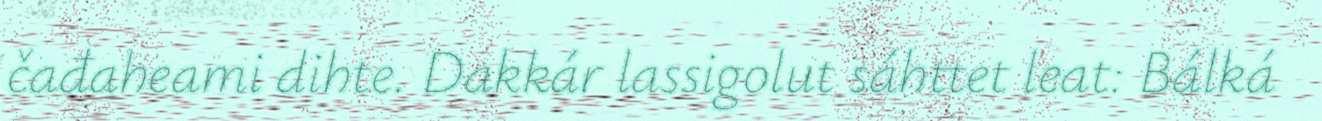
čađaheami dihte. Dakkár lassigolut sáhttet leat: Bálká